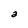
Character: a